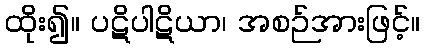
ထိုး၍။ ပဋိပါဋိယာ၊ အစဉ်အားဖြင့်။